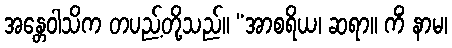
အန္တေဝါသိက တပည့်တို့သည်။ “အာစရိယ၊ ဆရာ။ ကိံ နာမ၊